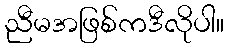
ညီမအဖြစ်ကဒီလိုပါ။